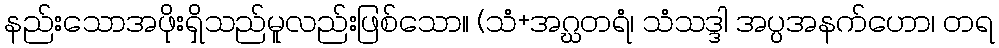
နည်းသောအဖိုးရှိသည်မူလည်းဖြစ်သော။ (သံ+အဂ္ဃတရံ၊ သံသဒ္ဒါ အပ္ပအနက်ဟော၊ တရ